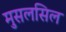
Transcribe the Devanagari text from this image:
मुसलसिल